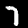
Label: 7